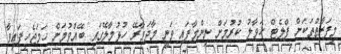
މިފަރާތްތަކަށް ފްލެޓް ހަވާލު ކުރުމަށް ނިންމާފައި ވަނީ މާދަމާރޭ ހުޅުމާލޭގައި ބޭއްވުމަށް ހަމަޖެހިފައިވާ